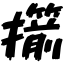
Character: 擶